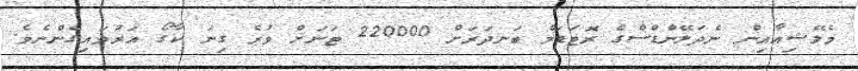
މެލޭޝިއާއިން ނެދަލޭންޑްސްގެ ރޮޓަޑަމް ބަނދަރަށް 220000 ޓަނަށް ވުރެ ގިނަ ކާގޯ އަރުވައިގެންނެވެ.